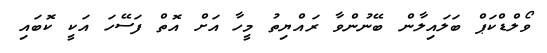
ވޯލްޑްކަޕް ބަލައިލާން ބޭނުންވާ ރައްޔިތު މީހާ އަށް އޮތް ފަސޭހަ އަކީ ކޮބައި